Bombay plague: being a history of the progress of plague in the Bombay presidency from September 1896 to June 1899
Year: 1896
Disease focus: Plague
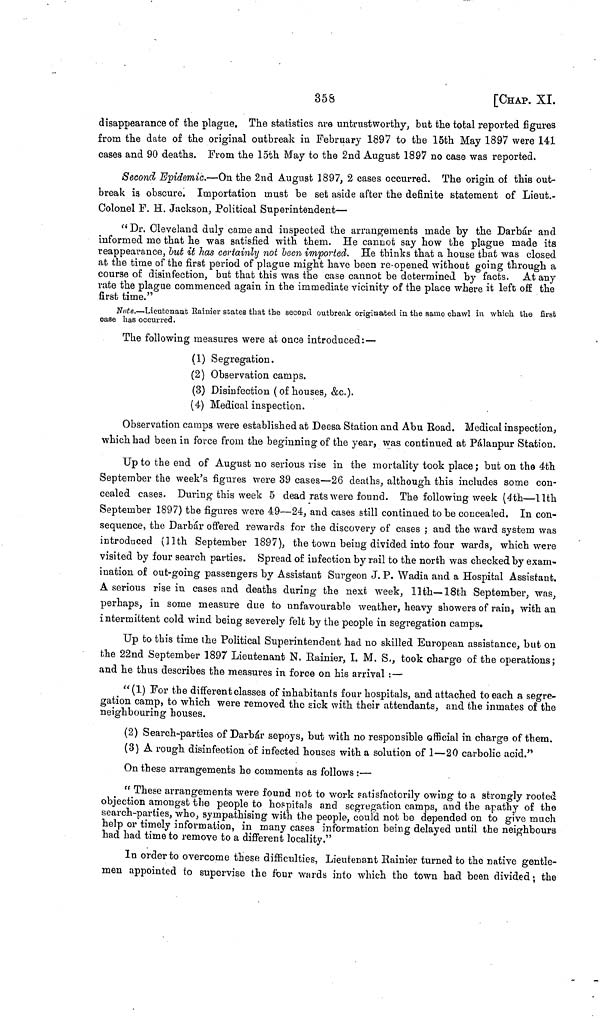
358
[CHAP. XI.
disappearance of the plague. The statistics are untrustworthy, but the total reported figures
from the date of the original outbreak in February 1897 to the 15th May 1897 were 141
cases and 90 deaths. From the 15th May to the 2nd August 1897 no case was reported.
Second Epidemic.—On the 2nd August 1897, 2 cases occurred. The origin of this out-
break is obscure. Importation must be set aside after the definite statement of Lieut.-
Colonel F. H. Jackson, Political Superintendent—
"Dr. Cleveland duly came and inspected the arrangements made by the Darbár and
informed me that he was satisfied with them. He cannot say how the plague made its
reappearance, but it has certainly not been imported. He thinks that a house that was closed
at the time of the first period of plague might have been re-opened without going through a
course of disinfection, but that this was the case cannot be determined by facts. At any
rate the plague commenced again in the immediate vicinity of the place where it left off the
first time."
Note.—Lieutenant Rainier states that the second outbreak originated in the same chawl in which the first
case has occurred.
The following measures were at once introduced: —
(1) Segregation.
(2) Observation camps.
(3) Disinfection (of houses, &c.).
(4) Medical inspection.
Observation camps were established at Deesa Station and Abu Road. Medical inspection,
which had been in force from the beginning of the year, was continued at Pálanpur Station.
Up to the end of August no serious rise in the mortality took place; but on the 4th
September the week's figures were 39 cases—26 deaths, although this includes some con-
cealed cases. During this week 5 dead rats were found. The following week (4th—11th
September 1897) the figures were 49—24, and cases still continued to be concealed. In con-
sequence, the Darbár offered rewards for the discovery of cases ; and the ward system was
introduced (11th September 1897), the town being divided into four wards, which were
visited by four search parties. Spread of infection by rail to the north was checked by exam-
ination of out-going passengers by Assistant Surgeon J. P. Wadia and a Hospital Assistant.
A serious rise in cases and deaths during the next week, 11th—18th September, was,
perhaps, in some measure due to unfavourable weather, heavy showers of rain, with an
intermittent cold wind being severely felt by the people in segregation camps.
Up to this time the Political Superintendent had no skilled European assistance, but on
the 22nd September 1897 Lieutenant N. Rainier, I. M. S., took charge of the operations;
and he thus describes the measures in force on his arrival :—
" (1) For the different classes of inhabitants four hospitals, and attached to each a segre-
gation camp, to which were removed the sick with their attendants, and the inmates of the
neighbouring houses.
(2) Search-parties of Darbár sepoys, but with no responsible official in charge of them.
(3) A rough disinfection of infected houses with a solution of 1—20 carbolic acid."
On these arrangements he comments as follows :—
"These arrangements were found not to work satisfactorily owing to a strongly rooted
objection amongst the people to hospitals and segregation camps, and the apathy of the
search-parties, who, sympathising with the people, could not be depended on to give much
help or timely information, in many cases information being delayed until the neighbours
had had time to remove to a different locality."
In order to overcome these difficulties, Lieutenant Rainier turned to the native gentle-
men appointed to supervise the four wards into which the town had been divided ; the